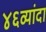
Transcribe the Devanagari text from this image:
४६व्यांदा